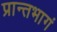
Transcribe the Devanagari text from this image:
प्रान्तभागं